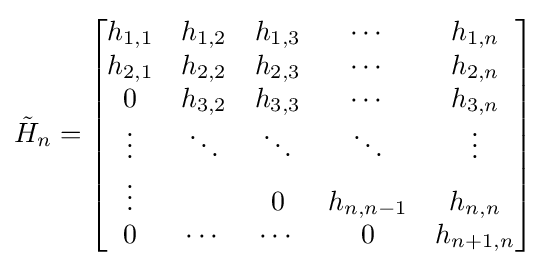
{\tilde {H}}_{n}={\begin{bmatrix}h_{1,1}&h_{1,2}&h_{1,3}&\cdots &h_{1,n}\\h_{2,1}&h_{2,2}&h_{2,3}&\cdots &h_{2,n}\\0&h_{3,2}&h_{3,3}&\cdots &h_{3,n}\\\vdots &\ddots &\ddots &\ddots &\vdots \\\vdots &&0&h_{n,n-1}&h_{n,n}\\0&\cdots &\cdots &0&h_{n+1,n}\end{bmatrix}}